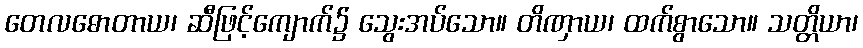
တေလဓောတာယ၊ ဆီဖြင့်ကျောက်၌ သွေးအပ်သော။ တိဏှာယ၊ ထက်စွာသော။ သတ္တိယာ၊